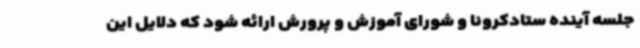
جلسه آینده ستادکرونا و شورای آموزش و پرورش ارائه شود که دلایل این